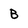
Character: B